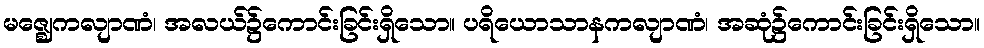
မဇ္ဈေကလျာဏံ၊ အလယ်၌ကောင်းခြင်းရှိသော။ ပရိယောသာနကလျာဏံ၊ အဆုံ၌ကောင်းခြင်းရှိသော။